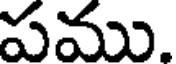
పము.